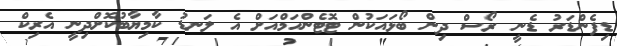
ޑިފެންޑަރު ޑެނީ ރޯސް ދިން ބޯޅައަކުން ޓޮޓެންހަމްއަށް އެ ލަނޑު ކާމިޔާބުކޮށްދިނީ އެރިކް